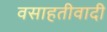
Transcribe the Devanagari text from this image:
वसाहतीवादी